Report on the Nagpur School of Medicine, Central Provinces
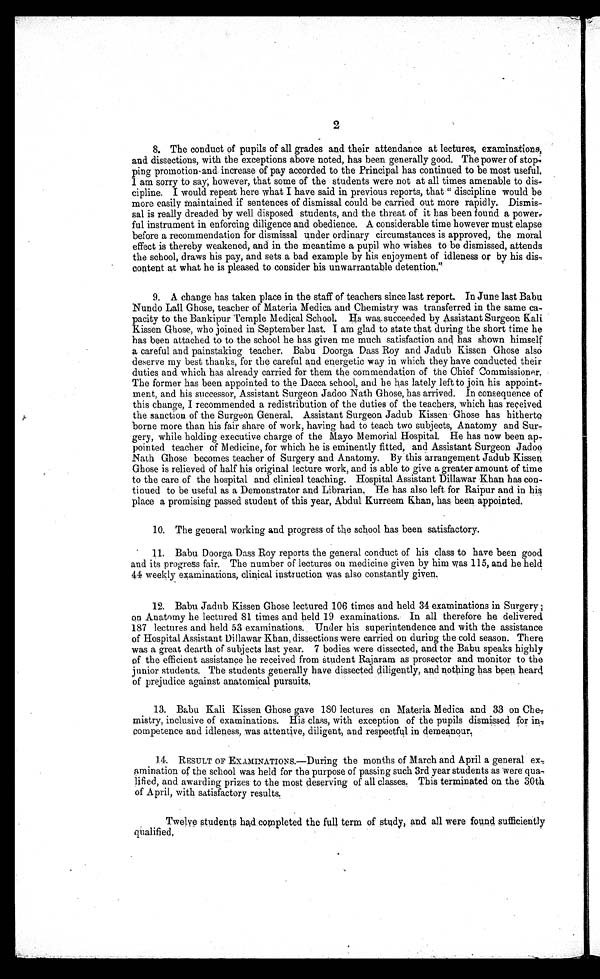
2
8. The conduct of pupils of all grades and their attendance at lectures, examinations,
and dissections, with the exceptions above noted, has been generally good. The power of stop
-ping promotion and increase of pay accorded to the Principal has continued to be most useful.
I am sorry to say; however, that some of the students were not at all times amenable to dis
-cipline. I would repeat here what I have said in previous reports, that "discipline would be
more easily maintained if sentences of dismissal could be carried out more rapidly. Dismis
-sal is really dreaded by well disposed students, and the threat of it has been found a power
-ful instrument in enforcing diligence and obedience. A considerable time however must elapse
before a recommendation for dismissal under ordinary circumstances is approved, the moral
effect is thereby weakened, and in the meantime a pupil who wishes to be dismissed, attends
the school, draws his pay, and sets a bad example by his enjoyment of idleness or by his dis-
content at what he is pleased to consider his unwarrantable detention."
9. A change has taken place in the staff of teachers since last report. In June last Babu
Nundo Lall Ghose, teacher of Materia Medica and Chemistry was transferred in the same ca
-pacity to the Bankipur Temple Medical School. Hs was succeeded by Assistant Surgeon Kali
Kissen Ghose, who joined in September last. I am glad to state that during the short time he
has been attached to to the school. he has given me much satisfaction and has shown himself
a careful and painstakin teacher. Babu Doorga Dass Roy and Jadub Kissen Ghose also
deserve my best thanks, for the careful and energetic way in which they have conducted their
duties and which has already carried for them the commendation of the Chief Commissioner.
The former has been appointed to the Dacca school, and be has lately left to join his appoint
-ment, and his successor, Assistant Surgeon Jadoo Nath Ghose, has arrived. In consequence of
this change, I recommended a redistribution of the duties of the teachers, which has received
the sanction of the Surgeon General. Assistant Surgeon Jadub Kissen Ghose has hitherto
borne more than his fair share of work, having had to teach two subjects, Anatomy and Sur
-gery, while holding executive charge of the Mayo Memorial Hospital. He has now been ap
-pointed teacher of Medicine, for which he is eminently fitted, and Assistant Surgeon Jadoo
Nath Ghose becomes teacher of Surgery and Anatomy. By this arrangement Jadub Kissen
Ghose is relieved of half his original lecture work, and is able to give a greater amount of time
to the care of the hospital and clinical teaching. Hospital Assistant Dillawar Khan has con
-tinued to be useful as a Demonstrator and Librarian. He has also left for Raipur and in his
place a promising passed student of this year, Abdul Kurreem Khan, has been appointed.
10. The general working and progress of the school has been satisfactory.
11. Babu Doorga Dass Roy reports the general conduct of his class to have been good
and its progress fair. The number of lectures on medicine given by him was 115, and he held
44 weekly examinations, clinical instruction was also constantly given.
12. Babu Jadub Kissen Ghose lectured 106 times and held 34 examinations in Surgery;
on Anatomy he lectured 81 times and held 19 examinations. In all therefore he delivered
187 lectures and held 53 examinations. Under his superintendence and with the assistance
of Hospital Assistant Dillawar Khan, dissections were carried on during the cold season. There
was a great dearth of subjects last year. 7 bodies were dissected, and the Babu speaks highly
of the efficient assistance he received from student Rajaram as prosector and monitor to the
junior students. The students generally have dissected diligently, and nothing has been heard
of prejudice against anatomical pursuits.
13. Babu Kali Kissen Ghose gave 180 lectures on Materia Medica and 33 on Che
-mistry, inclusive of examinations. His class, with exception of the pupils dismissed for in
-competence and idleness, was attentive, diligent, and respectful in demeanour.
14. RESULT OF EXAMINATIONS.—During the months of March and April a general ex
- a m i n a t i o n o f t h e s c h o o l w a s h e l d f o r t h e p u r p o s e o f p a s s i n g s u c h 3 r d y e a r s t u d e n t s a s w e r e q u a - .
lifted, and awarding prizes to the most deserving of all classes. This terminated on the 30th
of April, with satisfactory results.
Twelve students had completed the full term of study, and all were found sufficiently
qualified.